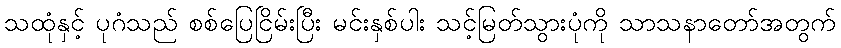
သထုံနှင့် ပုဂံသည် စစ်ပြေငြိမ်းပြီး မင်းနှစ်ပါး သင့်မြတ်သွားပုံကို သာသနာတော်အတွက်